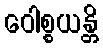
ဝေါစ္စယန္တိ